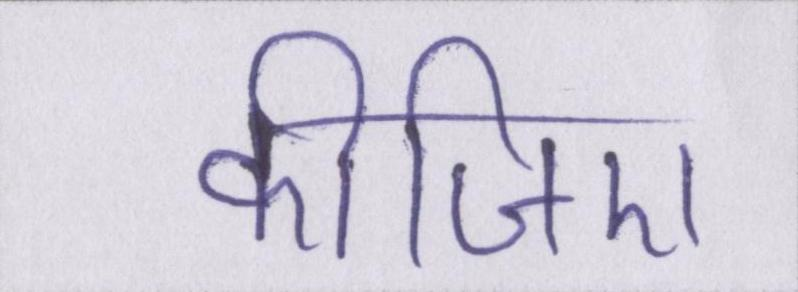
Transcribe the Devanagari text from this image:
कीजिए